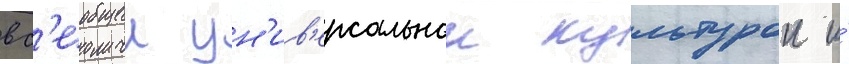
вс'еобщеи ун'ив'ерсальнои культурои и́